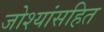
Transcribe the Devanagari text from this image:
जोश्यांसहित